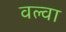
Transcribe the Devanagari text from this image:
वल्वा